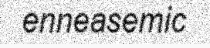
enneasemic